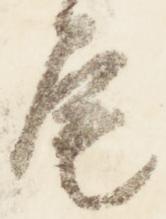
尾